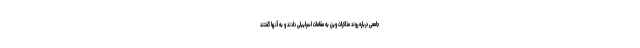
جامعی درباره روند مذاکرات وین به مقامات اسراییلی دادند و به آنها گفتند